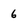
Character: 6